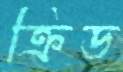
ক্রিড